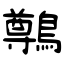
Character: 鷷